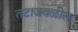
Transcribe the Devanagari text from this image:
तटाजवळील